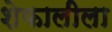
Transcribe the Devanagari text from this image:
शेफालीला